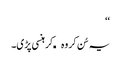
‘‘
یہ سُن کر وہ کھکھلا کر ہنسی پڑی۔